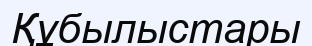
Құбылыстары